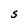
Character: S